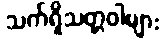
သက်ရှိသတ္တဝါများ